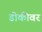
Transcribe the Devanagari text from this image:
डोकीवर